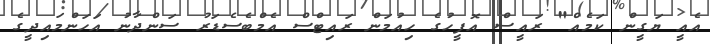
އެއީ ޔަގީން ކަމެއް" ރައީސް އޮފީހުގެ ހިއުމަން ރައިޓްސް އެމްބެސެޑަރު ސަންދާނު އަހަންމައިދީގެ